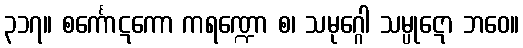
၃၁၇။ စင်္ကောဋကော ကရဏ္ဍော စ၊ သမုဂ္ဂေါ သမ္ပုဋော ဘဝေ။